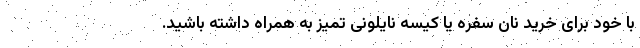
با خود برای خرید نان سفره یا کیسه نایلونی تمیز به همراه داشته باشید.